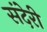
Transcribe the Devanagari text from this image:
संदेरी